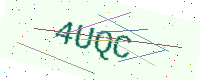
Text: 4UQC